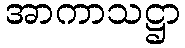
အာကာသဋ္ဌာ